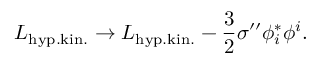
{ \cal L } _ { \mathrm { h y p . k i n . } } \rightarrow { \cal L } _ { \mathrm { h y p . k i n . } } - \frac 3 2 \sigma ^ { \prime \prime } \phi _ { i } ^ { * } \phi ^ { i } .